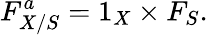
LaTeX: F_{X/S}^{a}=1_{X}\times F_{S}.